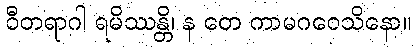
ဝီတရာဂါ ရမိဿန္တိ၊ န တေ ကာမဂဝေသိနော။